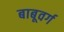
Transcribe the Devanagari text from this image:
बाबूवर्ग